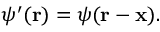
\psi ^ { \prime } ( \mathbf { r } ) = \psi ( \mathbf { r } - \mathbf { x } ) .